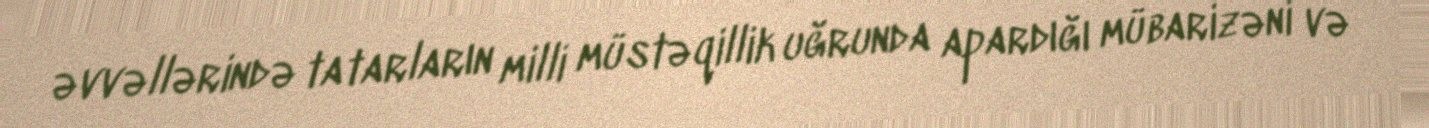
əvvəllərində tatarların milli müstəqillik uğrunda apardığı mübarizəni və